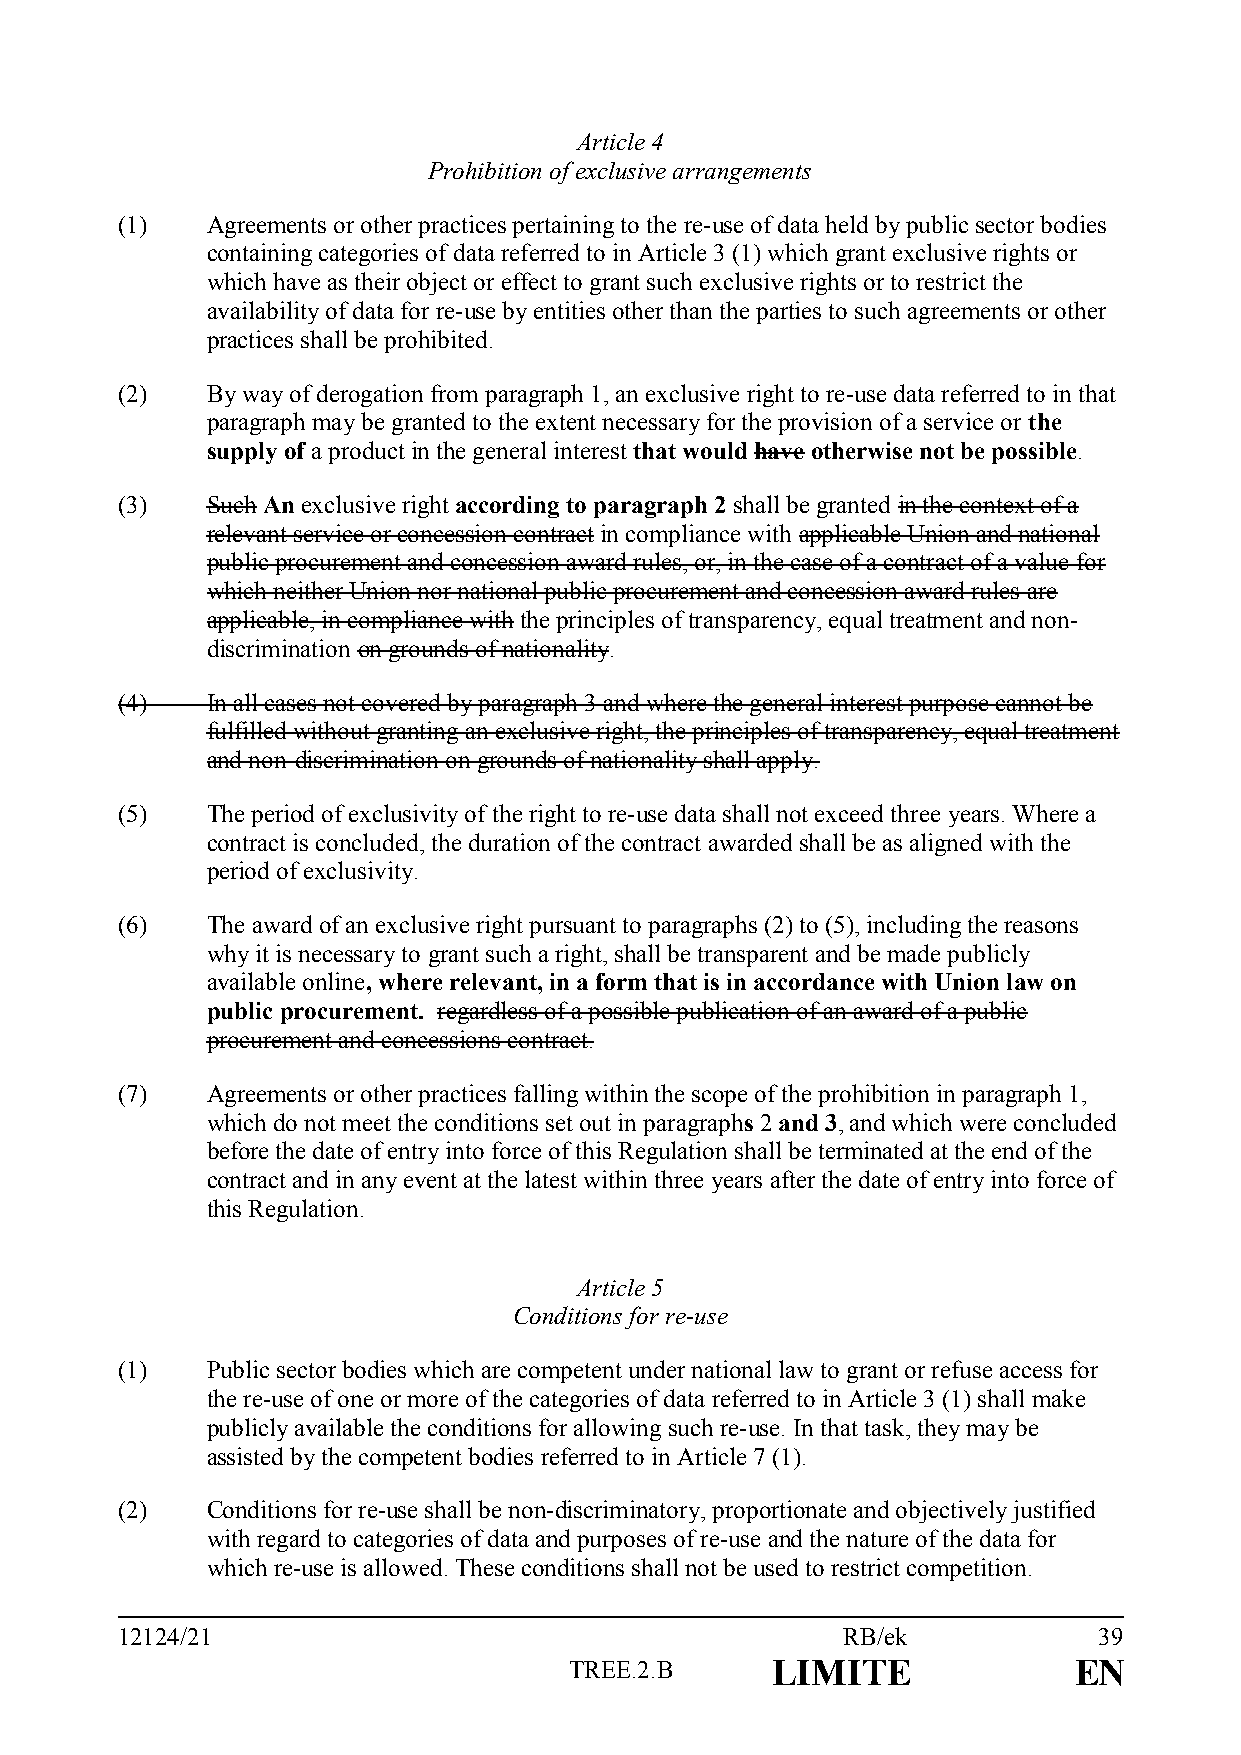
Article 4
 Prohibition of exclusive arrangements
 (1)   Agreements or other practices pertaining to the re-use of data held by public sector bodies
 containing categories of data referred to in Article 3 (1) which grant exclusive rights or
 which have as their object or effect to grant such exclusive rights or to restrict the
 availability of data for re-use by entities other than the parties to such agreements or other
 practices shall be prohibited.
 (2)   By way of derogation from paragraph 1, an exclusive right to re-use data referred to in that
 paragraph may be granted to the extent necessary for the provision of a service or the
 supply of a product in the general interest that would have otherwise not be possible.
 (3)   Such An exclusive right according to paragraph 2 shall be granted in the context of a
 relevant service or concession contract in compliance with applicable Union and national
 public procurement and concession award rules, or, in the case of a contract of a value for
 which neither Union nor national public procurement and concession award rules are
 applicable, in compliance with the principles of transparency, equal treatment and non-
 discrimination on grounds of nationality.
 (4)   In all cases not covered by paragraph 3 and where the general interest purpose cannot be
 fulfilled without granting an exclusive right, the principles of transparency, equal treatment
 and non-discrimination on grounds of nationality shall apply.
 (5)   The period of exclusivity of the right to re-use data shall not exceed three years. Where a
 contract is concluded, the duration of the contract awarded shall be as aligned with the
 period of exclusivity.
 (6)   The award of an exclusive right pursuant to paragraphs (2) to (5), including the reasons
 why it is necessary to grant such a right, shall be transparent and be made publicly
 available online, where relevant, in a form that is in accordance with Union law on
 public procurement. regardless of a possible publication of an award of a public
 procurement and concessions contract.
 (7)   Agreements or other practices falling within the scope of the prohibition in paragraph 1,
 which do not meet the conditions set out in paragraphs 2 and 3, and which were concluded
 before the date of entry into force of this Regulation shall be terminated at the end of the
 contract and in any event at the latest within three years after the date of entry into force of
 this Regulation.
 Article 5
 Conditions for re-use
 (1)   Public sector bodies which are competent under national law to grant or refuse access for
 the re-use of one or more of the categories of data referred to in Article 3 (1) shall make
 publicly available the conditions for allowing such re-use. In that task, they may be
 assisted by the competent bodies referred to in Article 7 (1).
 (2)   Conditions for re-use shall be non-discriminatory, proportionate and objectively justified
 with regard to categories of data and purposes of re-use and the nature of the data for
 which re-use is allowed. These conditions shall not be used to restrict competition.
 12124/21                                        RB/ek            39
 TREE.2.B     LIMITE              EN